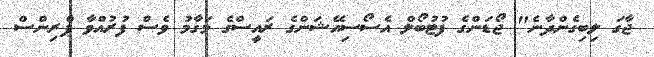
ޖާގަ ލިބިގެންދާނެ" ޖޯޑަންގެ ފުޓުބޯލް އެސޯސިއޭޝަންގެ ރައީސްގެ މަގާމު ވެސް ފުރުއްވާ ޕްރިންސް